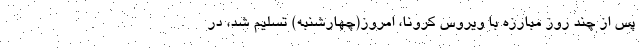
پس از چند روز مبارزه با ویروس کرونا، امروز(چهارشنبه) تسلیم شد، در